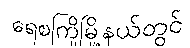
ရေစကြိုမြို့နယ်တွင်